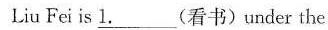
Liu Fei is \underline{1.}___(看书)under the